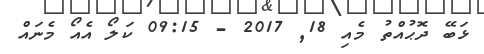
ޅަބޭ ދޮޙުއްތު މެއި 18